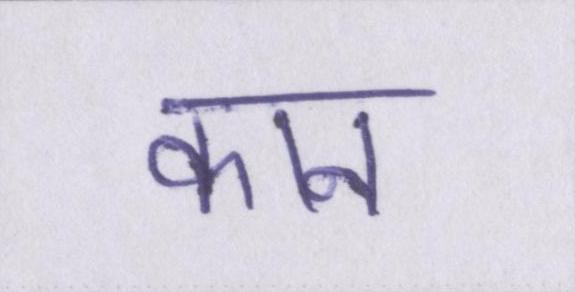
कान